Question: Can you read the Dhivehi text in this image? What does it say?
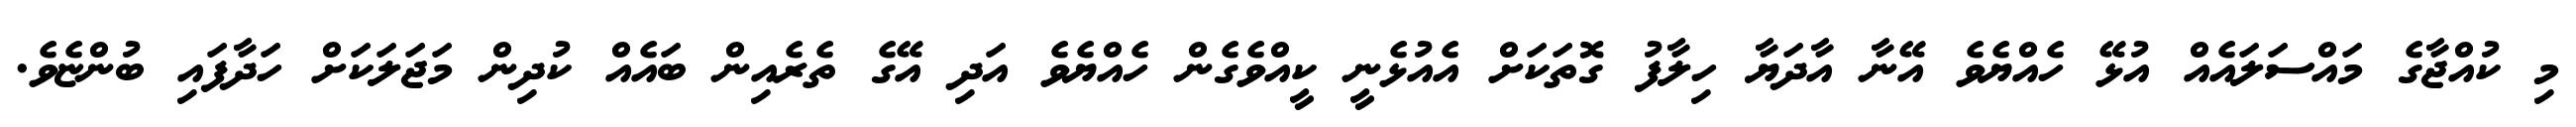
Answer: މި ކުއްޖާގެ މައްސަލައެއް އުޅޭ ހެއްޔެވެ އޭނާ އާދަޔާ ހިލާފު ގޮތަކަށް އެއުޅެނީ ކީއްވެގެން ހެއްޔެވެ އަދި އޭގެ ތެރެއިން ބައެއް ކުދިން މަޖަލަކަށް ހަދާފައި ބުންޏެވެ.